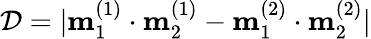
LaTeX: \mathcal{D}=|\mathbf{m}_{1}^{(1)}\cdot\mathbf{m}_{2}^{(1)}-\mathbf{m}_{1}^{(2)}\cdot\mathbf{m}_{2}^{(2)}|